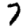
Digit: 7